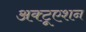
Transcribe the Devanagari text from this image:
अक्टूएशन